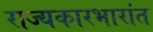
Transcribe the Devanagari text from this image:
राज्यकारभारांत